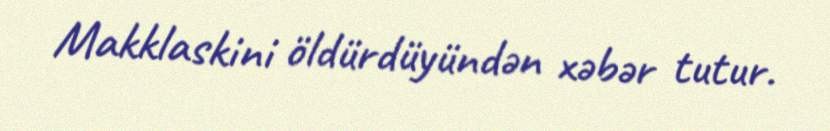
Makklaskini öldürdüyündən xəbər tutur.